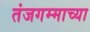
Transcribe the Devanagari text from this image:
तंजगम्माच्या